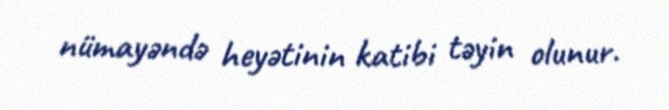
nümayəndə heyətinin katibi təyin olunur.